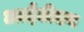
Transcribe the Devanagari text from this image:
आईटीएन